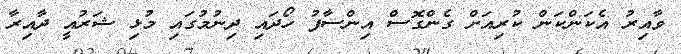
ވާއިރު އެކަންކަން ކުރިއަށް ގެންގޮސް އިންސާފު ހޯދައި ދިނުމުގައި މުޅި ޝަރުއީ ދާއިރާ